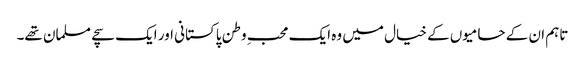
تاہم ان کے حامیوں کے خیال میں وہ ایک محبِ وطن پاکستانی اور ایک سچے مسلمان تھے۔